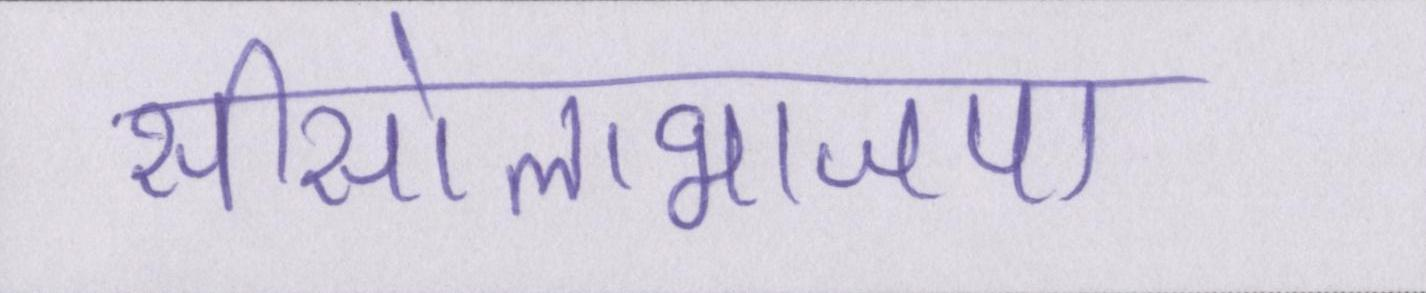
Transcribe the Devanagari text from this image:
सीसोलाभाजपा